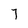
Character: 7